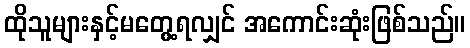
ထိုသူများနှင့်မတွေ့ရလျှင် အကောင်းဆုံးဖြစ်သည်။